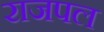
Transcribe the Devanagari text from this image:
राजपल